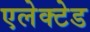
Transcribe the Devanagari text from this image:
एलेक्टेड